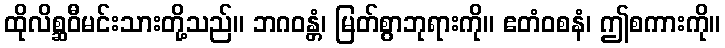
ထိုလိစ္ဆဝီမင်းသားတို့သည်။ ဘဂဝန္တံ၊ မြတ်စွာဘုရားကို။ ဧတံဝစနံ၊ ဤစကားကို။